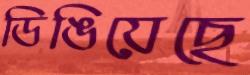
ডিঙিয়েছে